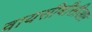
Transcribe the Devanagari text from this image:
वायसीबीसीआर